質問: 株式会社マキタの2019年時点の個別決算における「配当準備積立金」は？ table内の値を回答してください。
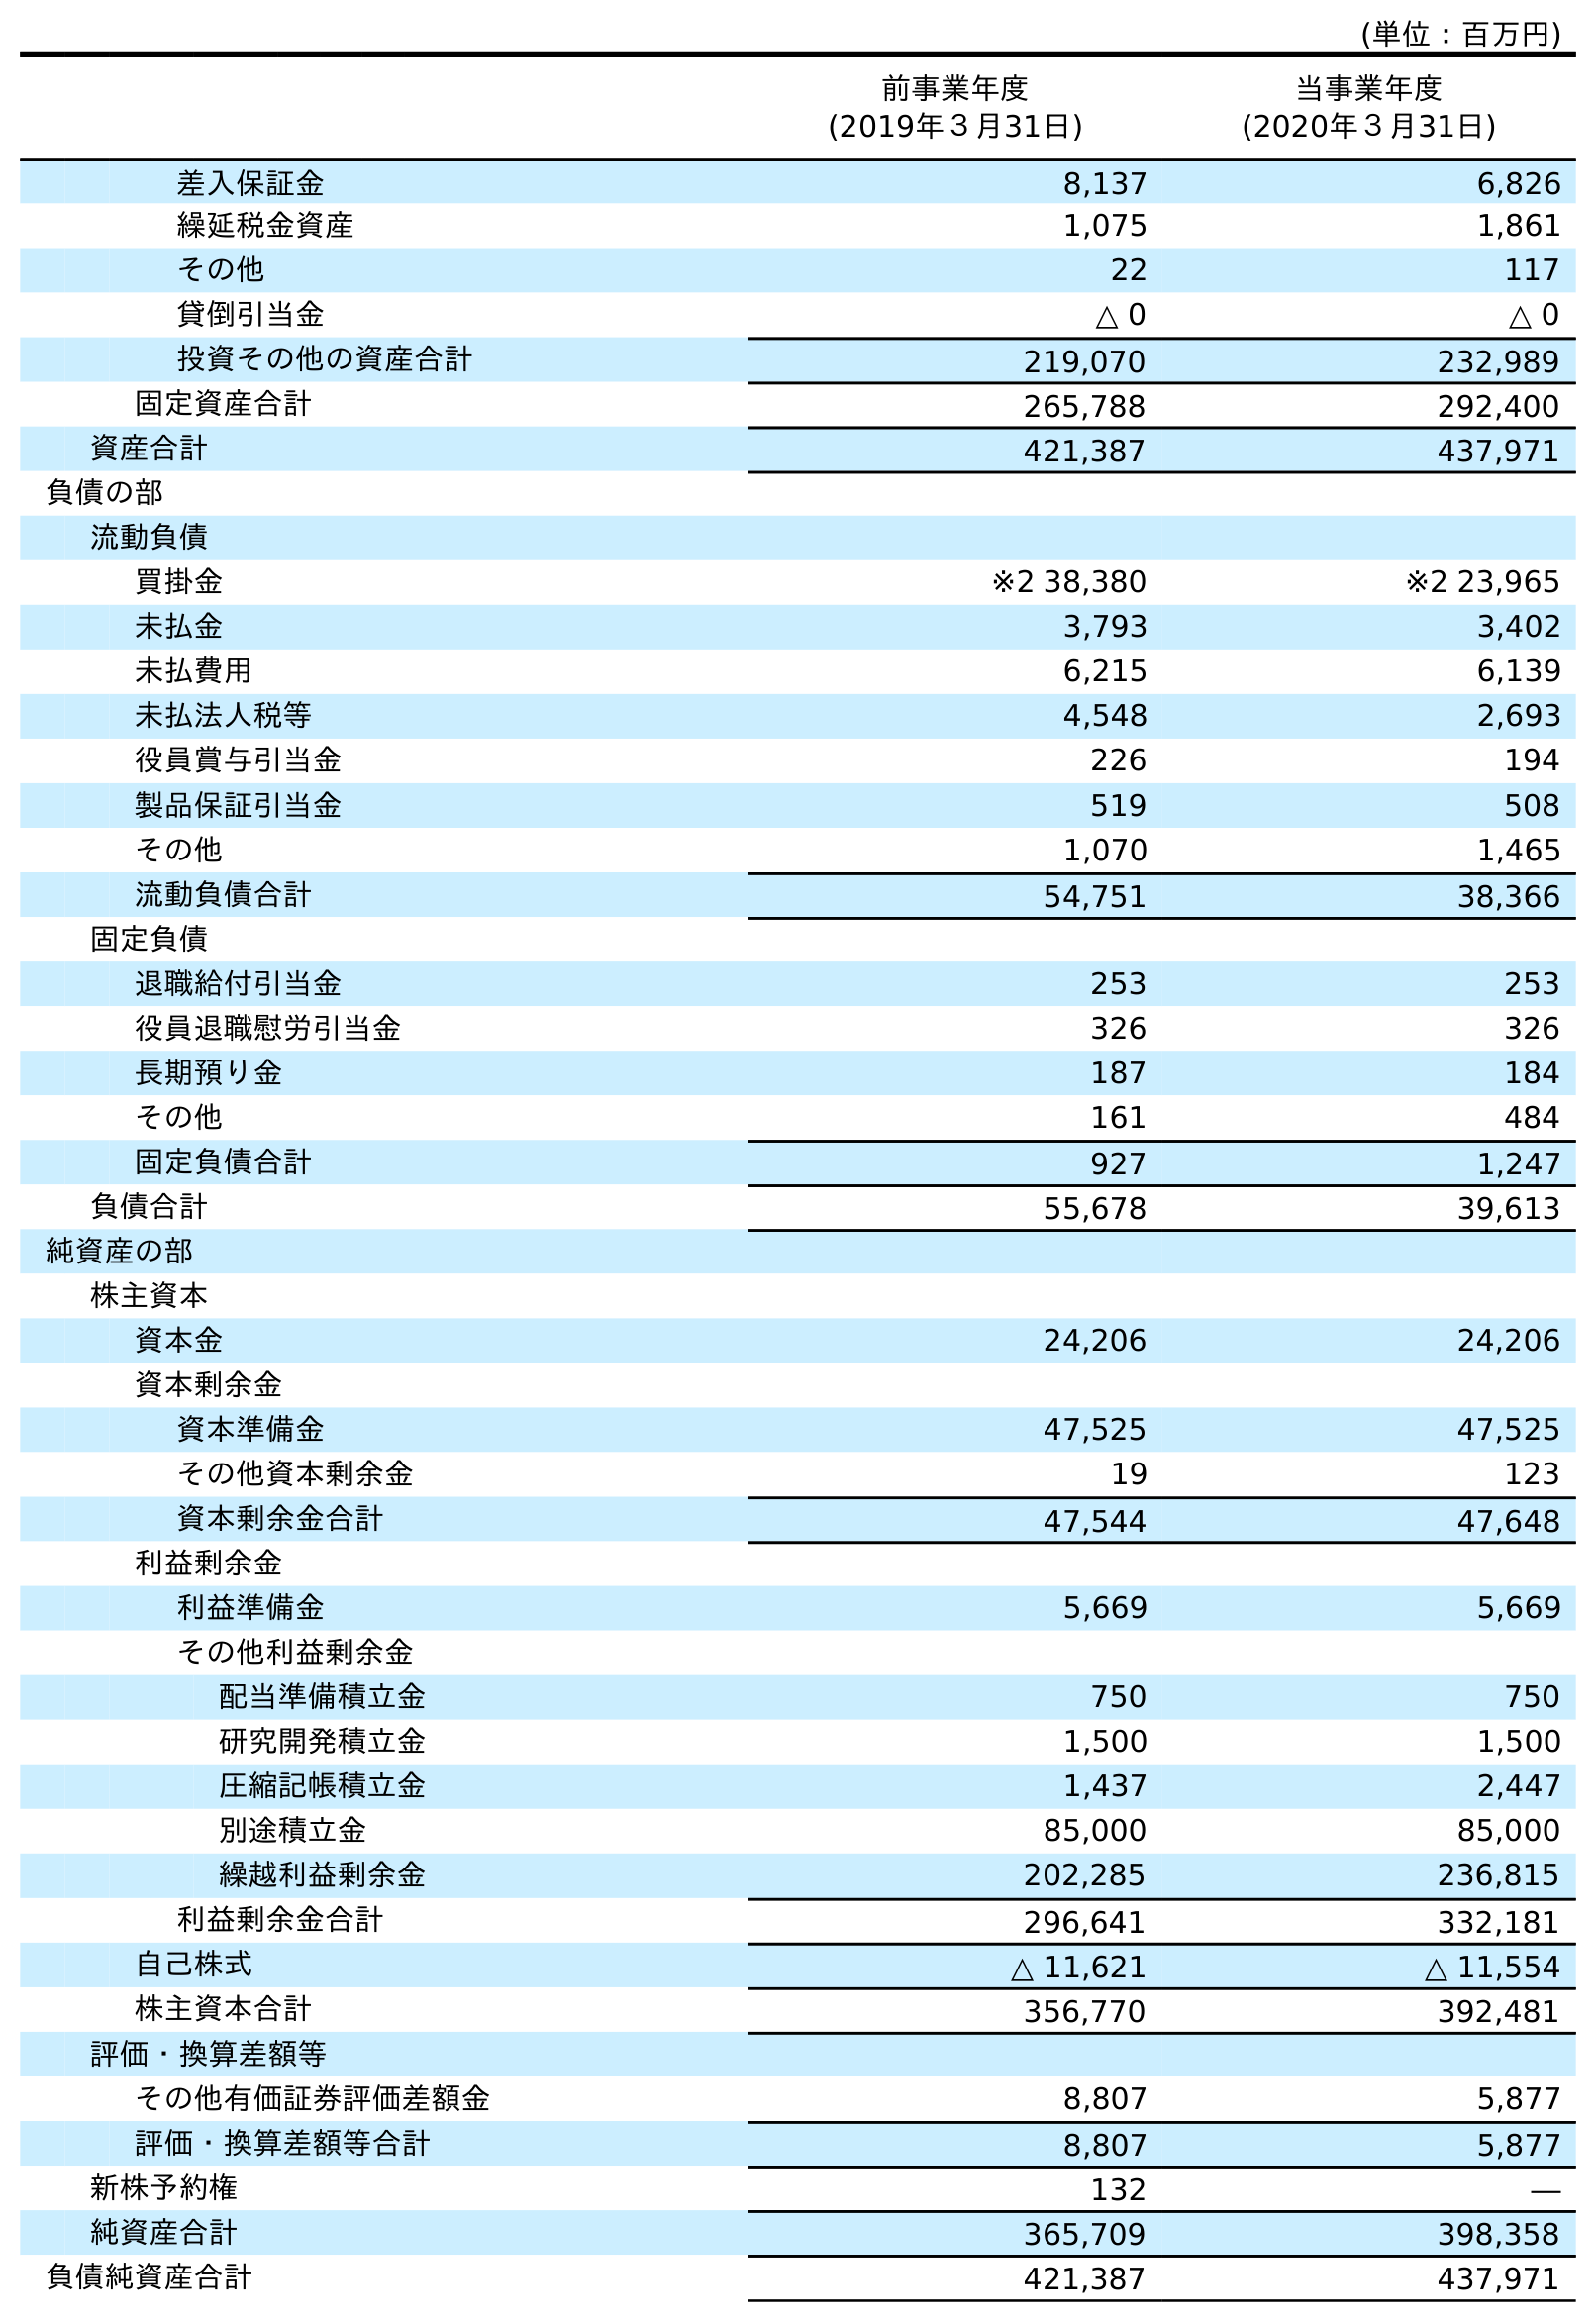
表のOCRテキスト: (単位：百万円) 前事業年度 (2019年３月31日) 当事業年度 (2020年３月31日) 差入保証金 8,137 6,826 繰延税金資産 1,075 1,861 その他 22 117 貸倒引当金 △ 0 △ 0 投資その他の資産合計 219,070 232,989 固定資産合計 265,788 292,400 資産合計 421,387 437,971 負債の部 流動負債 買掛金 ※2 38,380 ※2 23,965 未払金 3,793 3,402 未払費用 6,215 6,139 未払法人税等 4,548 2,693 役員賞与引当金 226 194 製品保証引当金 519 508 その他 1,070 1,465 流動負債合計 54,751 38,366 固定負債 退職給付引当金 253 253 役員退職慰労引当金 326 326 長期預り金 187 184 その他 161 484 固定負債合計 927 1,247 負債合計 55,678 39,613 純資産の部 株主資本 資本金 24,206 24,206 資本剰余金 資本準備金 47,525 47,525 その他資本剰余金 19 123 資本剰余金合計 47,544 47,648 利益剰余金 利益準備金 5,669 5,669 その他利益剰余金 配当準備積立金 750 750 研究開発積立金 1,500 1,500 圧縮記帳積立金 1,437 2,447 別途積立金 85,000 85,000 繰越利益剰余金 202,285 236,815 利益剰余金合計 296,641 332,181 自己株式 △ 11,621 △ 11,554 株主資本合計 356,770 392,481 評価・換算差額等 その他有価証券評価差額金 8,807 5,877 評価・換算差額等合計 8,807 5,877 新株予約権 132 ― 純資産合計 365,709 398,358 負債純資産合計 421,387 437,971
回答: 750